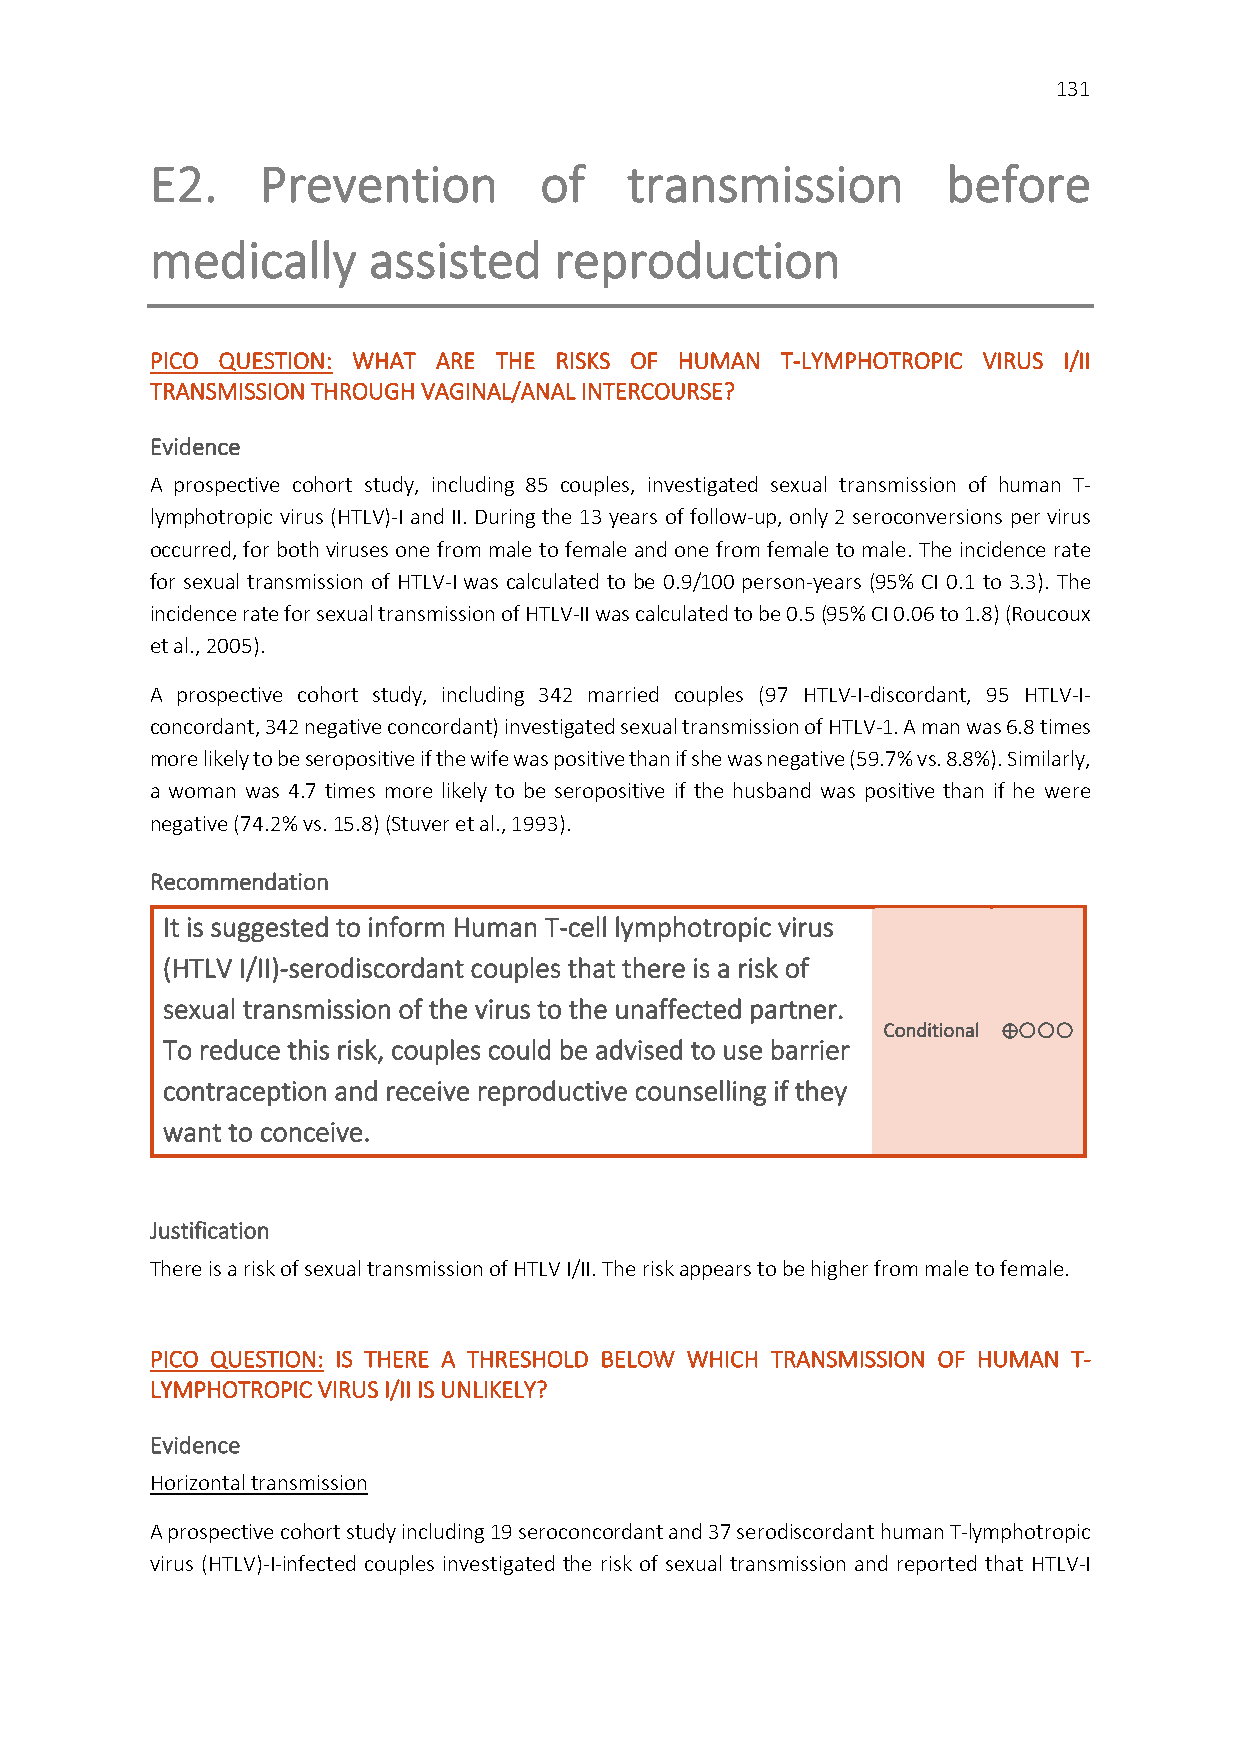
131
 E2.    Prevention         of    transmission         before
 medically     assisted     reproduction
 PICO QUESTION: WHAT ARE THE RISKS OF HUMAN T-LYMPHOTROPIC VIRUS I/II
 TRANSMISSION THROUGH VAGINAL/ANAL INTERCOURSE?
 Evidence
 A prospective cohort study, including 85 couples, investigated sexual transmission of human T-
 lymphotropic virus (HTLV)-I and II. During the 13 years of follow-up, only 2 seroconversions per virus
 occurred, for both viruses one from male to female and one from female to male. The incidence rate
 for sexual transmission of HTLV-I was calculated to be 0.9/100 person-years (95% CI 0.1 to 3.3). The
 incidence rate for sexual transmission of HTLV-II was calculated to be 0.5 (95% CI 0.06 to 1.8) (Roucoux
 et al., 2005).
 A prospective cohort study, including 342 married couples (97 HTLV-I-discordant, 95 HTLV-I-
 concordant, 342 negative concordant) investigated sexual transmission of HTLV-1. A man was 6.8 times
 more likely to be seropositive if the wife was positive than if she was negative (59.7% vs. 8.8%). Similarly,
 a woman was 4.7 times more likely to be seropositive if the husband was positive than if he were
 negative (74.2% vs. 15.8) (Stuver et al., 1993).
 Recommendation
 It is suggested to inform Human T-cell lymphotropic virus
 (HTLV I/II)-serodiscordant couples that there is a risk of
 sexual transmission of the virus to the unaffected partner.
 Conditional ⊕
 To reduce this risk, couples could be advised to use barrier
 contraception and receive reproductive counselling if they
 want to conceive.
 Justification
 There is a risk of sexual transmission of HTLV I/II. The risk appears to be higher from male to female.
 PICO QUESTION: IS THERE A THRESHOLD BELOW WHICH TRANSMISSION OF HUMAN T-
 LYMPHOTROPIC VIRUS I/II IS UNLIKELY?
 Evidence
 Horizontal transmission
 A prospective cohort study including 19 seroconcordant and 37 serodiscordant human T-lymphotropic
 virus (HTLV)-I-infected couples investigated the risk of sexual transmission and reported that HTLV-I